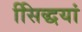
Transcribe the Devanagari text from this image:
सििद्धयां